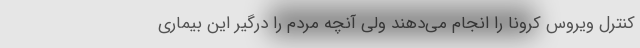
کنترل ویروس کرونا را انجام می‌دهند ولی آنچه مردم را درگیر این بیماری